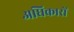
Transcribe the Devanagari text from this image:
अघिकारों